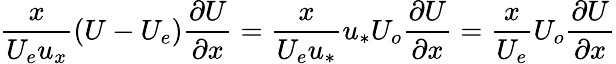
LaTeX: \frac{x}{U_{e}u_{x}}(U-U_{e})\frac{\partial U}{\partial x}=\frac{x}{U_{e}u_{*}}u_{*}U_{o}\frac{\partial U}{\partial x}=\frac{x}{U_{e}}U_{o}\frac{\partial U}{\partial x}